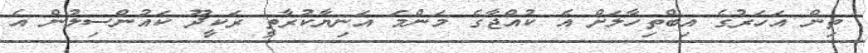
ތިން އަހަރުގެ އިބްތިހާލަށް އެ ކުއްޖާގެ މަންމަ އަނިޔާކުރާތީ ރަކިީދޫ ކައުންސިލުން އެ